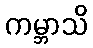
ကမ္ဘာသိ